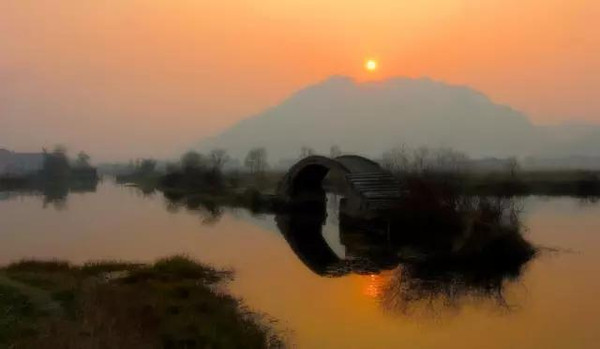
碧溪影里小桥横，青帘市上孤烟起。